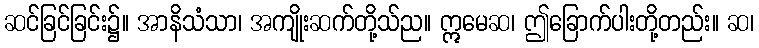
ဆင်ခြင်ခြင်း၌။ အာနိသံသာ၊ အကျိုးဆက်တို့သ်ည။ ဣမေဆ၊ ဤခြောက်ပါးတို့တည်း။ ဆ၊